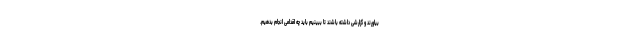
بیاورند و گزارشی داشته باشند تا ببینیم باید چه اقدامی انجام بدهیم.